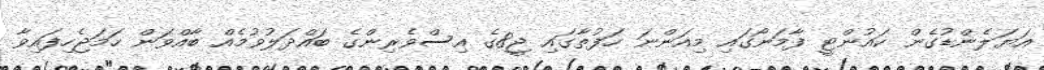
އަޔަލެންޑުގެން ކައުންޓީ ފާމަނޯގައި މިއަންނަ ހަފުތާގައި ޖީ8ގެ އިސްވެރިންގެ ބައްދަލުވުމެއް ބާއްވަން ހަމަޖެހިފައިވާ